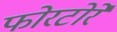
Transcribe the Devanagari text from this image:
फोरटोरे